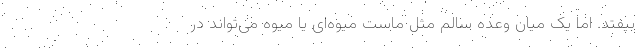
بیفتد. اما یک میان وعده سالم مثل ماست میوه‌ای یا میوه می‌تواند در